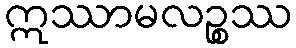
ဣဿာမလဉ္စဿ